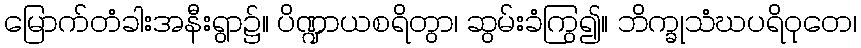
မြောက်တံခါးအနီးရွာ၌။ ပိဏ္ဍာယစရိတွာ၊ ဆွမ်းခံကြွ၍။ ဘိက္ခုသံဃပရိဝုတေ၊